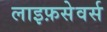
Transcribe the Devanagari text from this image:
लाइफ़सेवर्स